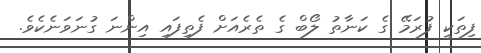
ފިތަކީ ފުރަމޭ ގެ ކަނާތު ލޯބް ގެ ތެރެއަށް ފެތިފައި އިންނަ ގުނަވަނެކެވެ.